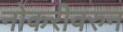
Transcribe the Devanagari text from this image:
नोकरीवरुन